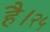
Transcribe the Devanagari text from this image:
है।२५